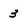
Character: 3